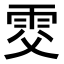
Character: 𩂎